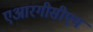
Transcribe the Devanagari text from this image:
एआरगीसीएम